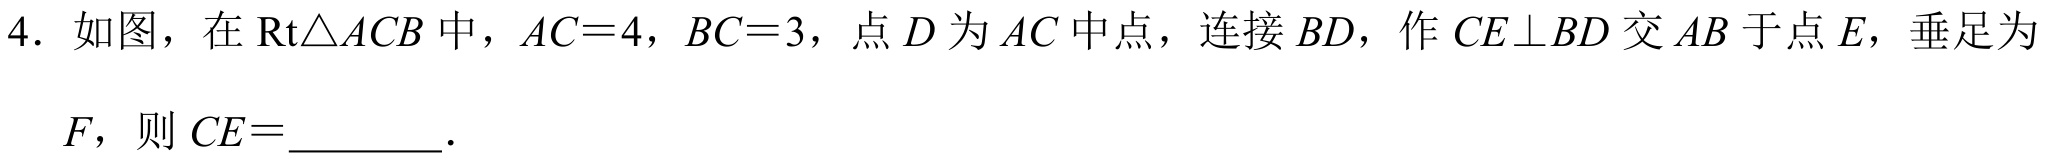
4. 如图，在\(\text{Rt}\triangle ACB\)中，\(AC = 4\)，\(BC = 3\)，点\(D\)为\(AC\)中点，连接\(BD\)，作\(CE\perp BD\)交\(AB\)于点\(E\)，垂足为
\(F\)，则\(CE =\)  ．